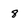
Character: 8